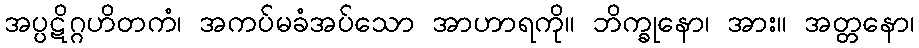
အပ္ပဋိဂ္ဂဟိတကံ၊ အကပ်မခံအပ်သော အာဟာရကို။ ဘိက္ခုနော၊ အား။ အတ္တနော၊